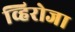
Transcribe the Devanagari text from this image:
व्हिरोजा